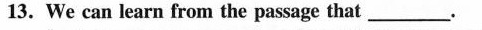
13.We can learn from the passage that ___.